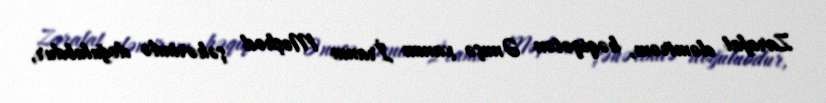
Zarafat eləmirəm, həqiqətən Ənuşə xanım İranın Məşhəd şəhərində doğulubdur,